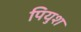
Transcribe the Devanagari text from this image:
पियुश